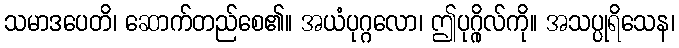
သမာဒပေတိ၊ ဆောက်တည်စေ၏။ အယံပုဂ္ဂလော၊ ဤပုဂ္ဂိုလ်ကို။ အသပ္ပုရိသေန၊